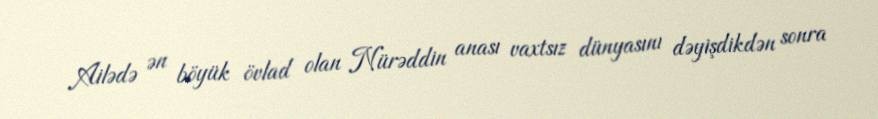
Ailədə ən böyük övlad olan Nürəddin anası vaxtsız dünyasını dəyişdikdən sonra